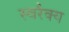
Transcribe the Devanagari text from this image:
स्वरैक्य